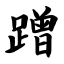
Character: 蹭